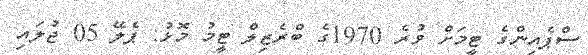
ސްޕެއިންގެ ޓީމަށް ވުރެ 1970ގެ ބްރެޒިލް ޓީމު މޮޅު: ޕެލޭ 05 ޖުލައި